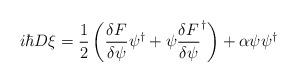
LaTeX: \begin{align*} i\hbar D\xi &= \frac{1}{2}\left(\frac{\delta F}{\delta \psi}\psi^{\dagger}+\psi \frac{\delta F}{\delta \psi}^{\dagger}\right) + \alpha\psi\psi^{\dagger}\end{align*}